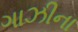
ગાઝીના